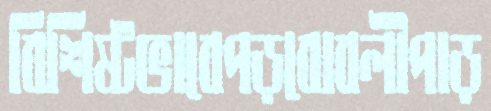
বিশিষ্টভাবেপড়বোবলীপাড়